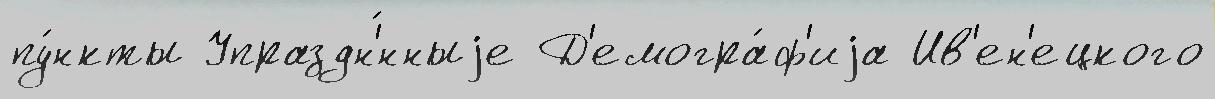
пу́нкты Упраздн'́нныjе Д'емогра́ф'иjа Ив'ен'ецкого